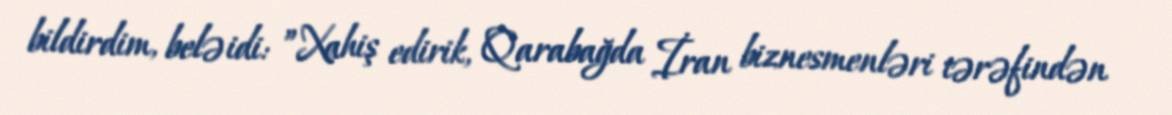
bildirdim, belə idi: ”Xahiş edirik, Qarabağda İran biznesmenləri tərəfindən